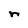
Character: r